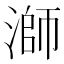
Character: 溮